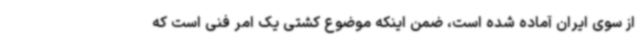
از سوی ایران آماده شده است، ضمن اینکه موضوع کشتی یک امر فنی است که